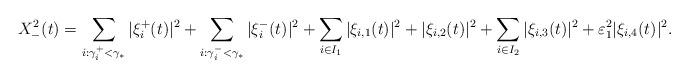
LaTeX: \begin{align*} X^2_-(t) =\sum_{i:\gamma^+_i<\gamma_*} |\xi_i^+(t)|^2+\sum_{i:\gamma^-_i<\gamma_*} |\xi_i^-(t)|^2+\sum_{i\in I_1} |\xi_{i,1}(t)|^2+|\xi_{i,2}(t)|^2+\sum_{i\in I_2} |\xi_{i,3}(t)|^2+\varepsilon_1^2 |\xi_{i,4}(t)|^2.\end{align*}